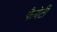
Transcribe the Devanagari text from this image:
फैयेटी